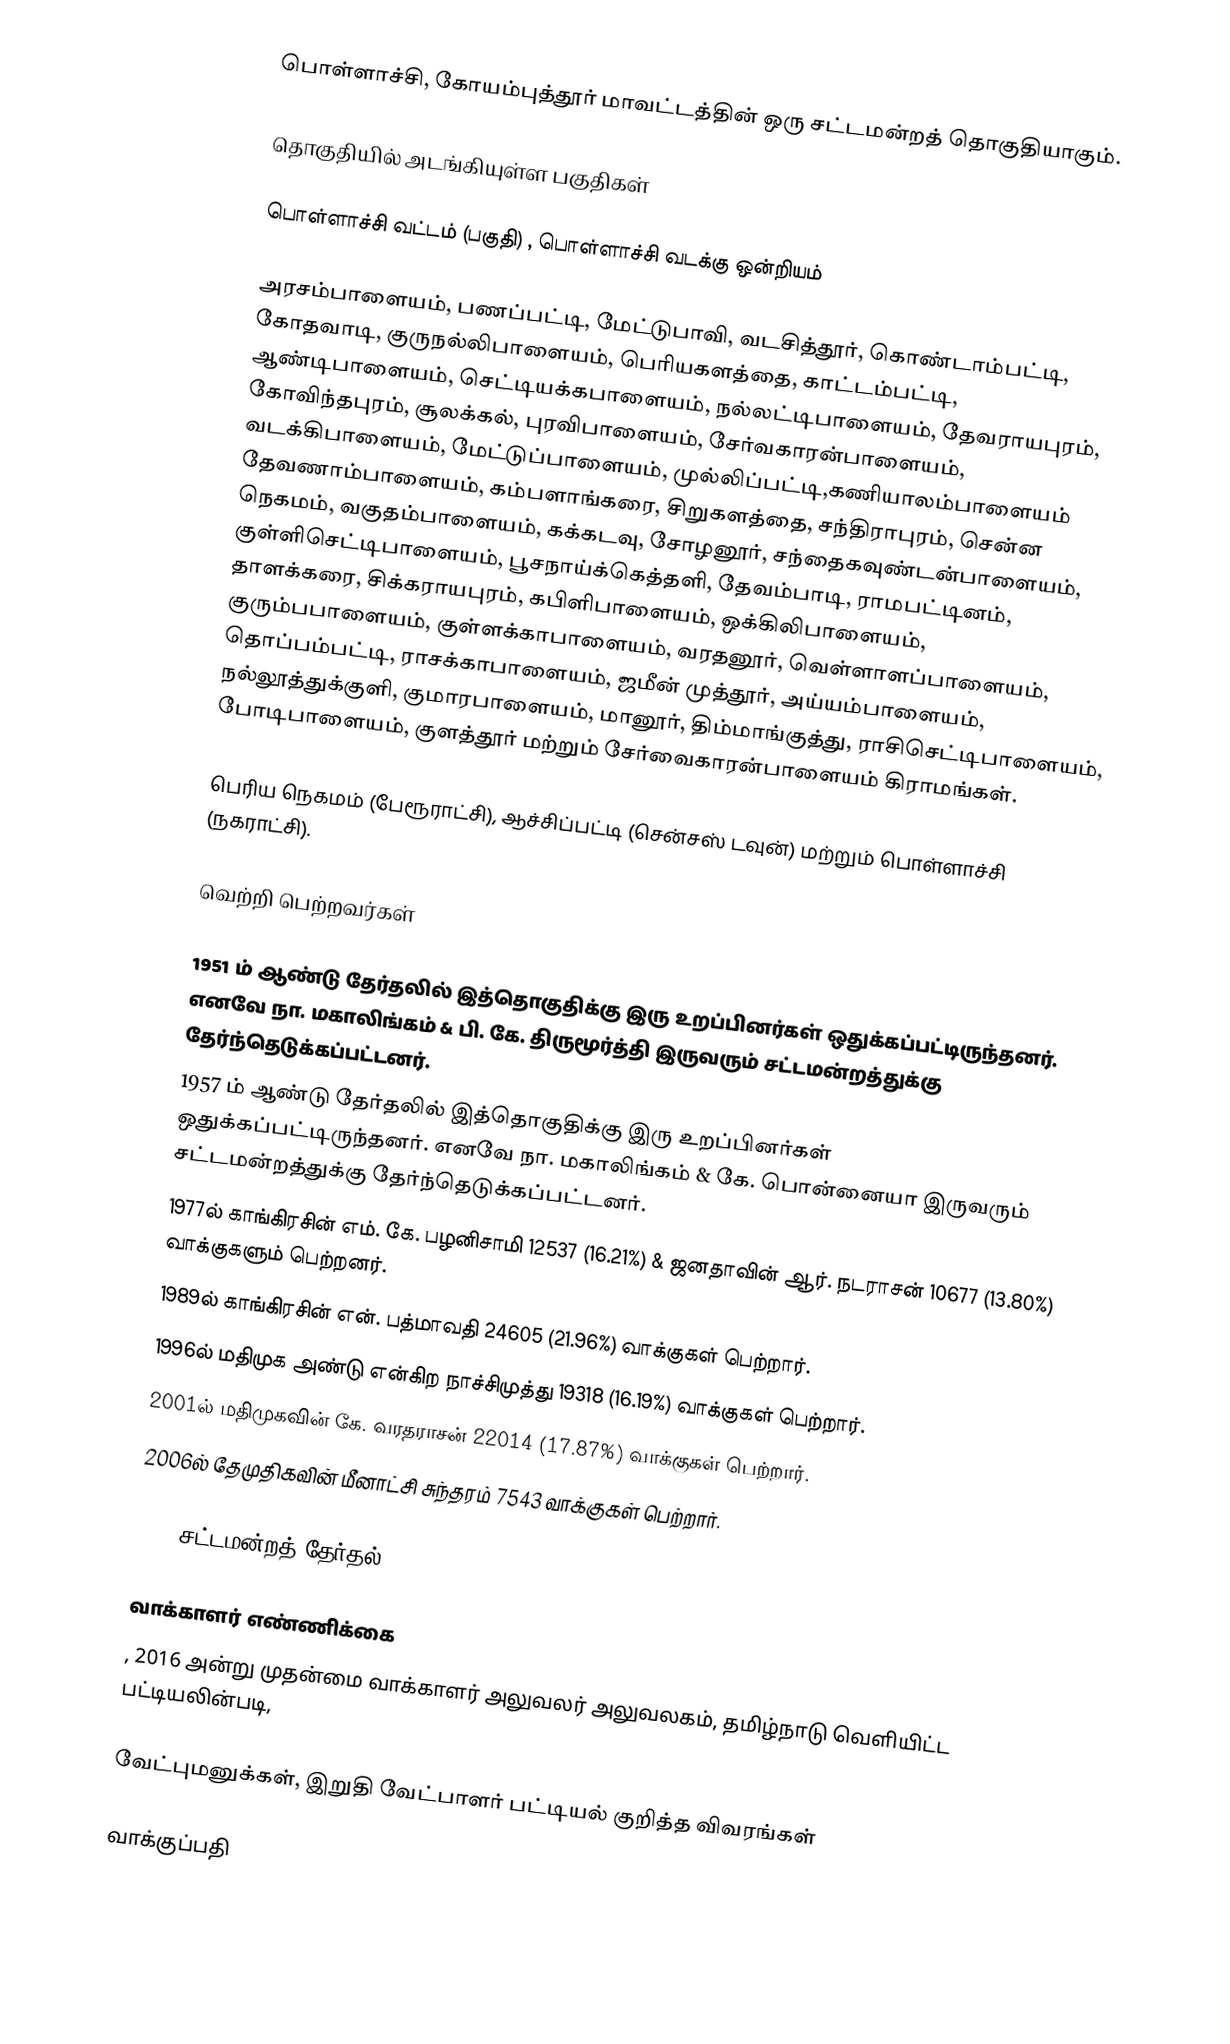
பொள்ளாச்சி, கோயம்புத்தூர் மாவட்டத்தின் ஒரு சட்டமன்றத் தொகுதியாகும்.

தொகுதியில் அடங்கியுள்ள பகுதிகள்

 பொள்ளாச்சி வட்டம் (பகுதி) ,  பொள்ளாச்சி வடக்கு ஒன்றியம்

அரசம்பாளையம், பணப்பட்டி, மேட்டுபாவி, வடசித்தூர், கொண்டாம்பட்டி, கோதவாடி, குருநல்லிபாளையம், பெரியகளத்தை, காட்டம்பட்டி, ஆண்டிபாளையம், செட்டியக்கபாளையம், நல்லட்டிபாளையம், தேவராயபுரம், கோவிந்தபுரம், சூலக்கல், புரவிபாளையம், சேர்வகாரன்பாளையம், வடக்கிபாளையம், மேட்டுப்பாளையம், முல்லிப்பட்டி,கணியாலம்பாளையம் தேவணாம்பாளையம், கம்பளாங்கரை, சிறுகளத்தை, சந்திராபுரம், சென்ன நெகமம், வகுதம்பாளையம், கக்கடவு, சோழனூர், சந்தைகவுண்டன்பாளையம், குள்ளிசெட்டிபாளையம், பூசநாய்க்கெத்தளி, தேவம்பாடி, ராமபட்டினம், தாளக்கரை, சிக்கராயபுரம், கபிளிபாளையம், ஒக்கிலிபாளையம், குரும்பபாளையம், குள்ளக்காபாளையம், வரதனூர், வெள்ளாளப்பாளையம், தொப்பம்பட்டி, ராசக்காபாளையம், ஜமீன் முத்தூர், அய்யம்பாளையம், நல்லூத்துக்குளி, குமாரபாளையம், மானூர், திம்மாங்குத்து, ராசிசெட்டிபாளையம், போடிபாளையம், குளத்தூர் மற்றும் சேர்வைகாரன்பாளையம் கிராமங்கள்.

பெரிய நெகமம் (பேரூராட்சி), ஆச்சிப்பட்டி (சென்சஸ் டவுன்) மற்றும் பொள்ளாச்சி (நகராட்சி).

வெற்றி பெற்றவர்கள்

 1951 ம் ஆண்டு தேர்தலில் இத்தொகுதிக்கு இரு உறப்பினர்கள் ஒதுக்கப்பட்டிருந்தனர். எனவே நா. மகாலிங்கம் & பி. கே. திருமூர்த்தி இருவரும் சட்டமன்றத்துக்கு தேர்ந்தெடுக்கப்பட்டனர்.
 1957 ம் ஆண்டு தேர்தலில் இத்தொகுதிக்கு இரு உறப்பினர்கள் ஒதுக்கப்பட்டிருந்தனர். எனவே நா. மகாலிங்கம் & கே. பொன்னையா இருவரும் சட்டமன்றத்துக்கு தேர்ந்தெடுக்கப்பட்டனர்.
 1977ல் காங்கிரசின்  எம். கே. பழனிசாமி 12537 (16.21%) & ஜனதாவின் ஆர். நடராசன் 10677 (13.80%) வாக்குகளும் பெற்றனர்.
1989ல் காங்கிரசின் என். பத்மாவதி 24605 (21.96%) வாக்குகள் பெற்றார்.
1996ல் மதிமுக  அண்டு என்கிற நாச்சிமுத்து 19318 (16.19%) வாக்குகள் பெற்றார்.
2001ல் மதிமுகவின் கே. வரதராசன் 22014 (17.87%) வாக்குகள் பெற்றார்.
2006ல்  தேமுதிகவின் மீனாட்சி சுந்தரம்  7543 வாக்குகள் பெற்றார்.

2016 சட்டமன்றத் தேர்தல்

வாக்காளர் எண்ணிக்கை
, 2016 அன்று முதன்மை வாக்காளர் அலுவலர் அலுவலகம், தமிழ்நாடு வெளியிட்ட பட்டியலின்படி,

வேட்புமனுக்கள், இறுதி வேட்பாளர் பட்டியல் குறித்த விவரங்கள்

வாக்குப்பதி